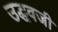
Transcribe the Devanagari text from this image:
उद्धवजी